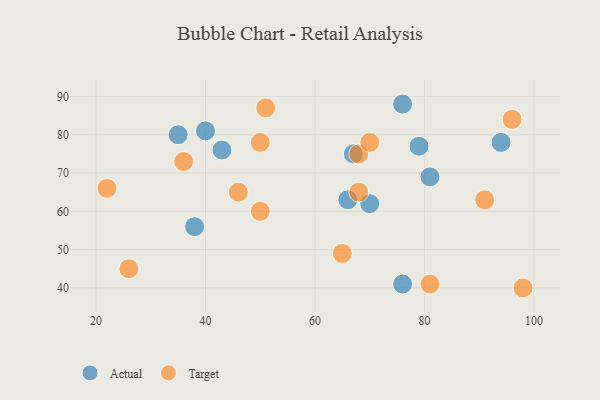
{"axis": {"x": "GDP", "y": "Life Expectancy"}, "legend": ["Actual", "Target"], "data": [{"x": "79", "y": 77, "type": "Actual"}, {"x": "40", "y": 81, "type": "Actual"}, {"x": "76", "y": 41, "type": "Actual"}, {"x": "35", "y": 80, "type": "Actual"}, {"x": "81", "y": 69, "type": "Actual"}, {"x": "43", "y": 76, "type": "Actual"}, {"x": "38", "y": 56, "type": "Actual"}, {"x": "94", "y": 78, "type": "Actual"}, {"x": "70", "y": 62, "type": "Actual"}, {"x": "76", "y": 88, "type": "Actual"}, {"x": "66", "y": 63, "type": "Actual"}, {"x": "67", "y": 75, "type": "Actual"}, {"x": "50", "y": 60, "type": "Target"}, {"x": "91", "y": 63, "type": "Target"}, {"x": "26", "y": 45, "type": "Target"}, {"x": "50", "y": 78, "type": "Target"}, {"x": "65", "y": 49, "type": "Target"}, {"x": "36", "y": 73, "type": "Target"}, {"x": "68", "y": 75, "type": "Target"}, {"x": "22", "y": 66, "type": "Target"}, {"x": "46", "y": 65, "type": "Target"}, {"x": "51", "y": 87, "type": "Target"}, {"x": "70", "y": 78, "type": "Target"}, {"x": "98", "y": 40, "type": "Target"}, {"x": "68", "y": 65, "type": "Target"}, {"x": "81", "y": 41, "type": "Target"}, {"x": "96", "y": 84, "type": "Target"}]}